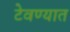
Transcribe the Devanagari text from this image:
टेवण्यात